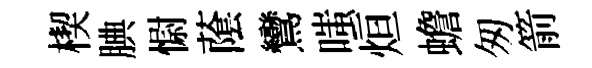
楔腆𢠢䕃鸞嗤烜蟾匆箭